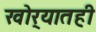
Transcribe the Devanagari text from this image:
खोर्‍यातही